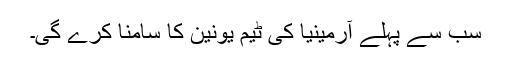
سب سے پہلے آرمینیا کی ٹیم یونین کا سامنا کرے گی۔